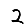
Digit: 2